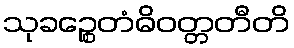
သုခဉ္စေတံဓိဝတ္တတီတိ